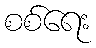
စစ်ရေး